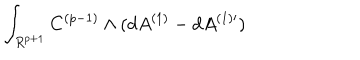
\int _ { R ^ { p + 1 } } C ^ { ( p - 1 ) } \wedge ( d A ^ { ( 1 ) } - d A ^ { ( 1 ) \prime } )